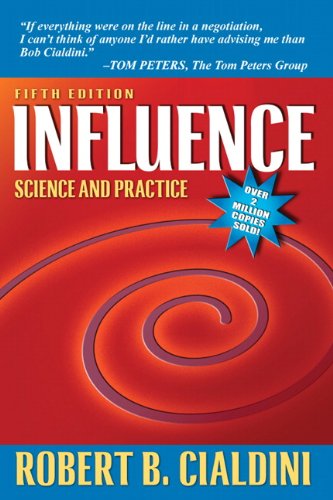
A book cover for Influence: Science and Practice (5th Edition); Robert B. Cialdini; Medical Books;